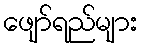
ဖျော်ရည်များ